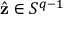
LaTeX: { \hat { \mathbf { z } } } \in S ^ { q - 1 }